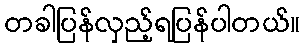
တခါပြန်လှည့်ရပြန်ပါတယ်။